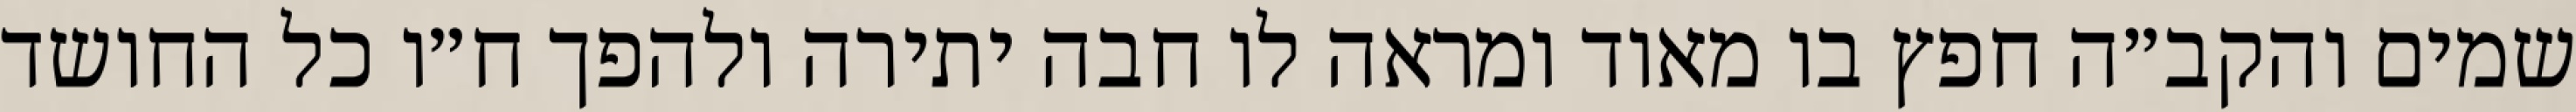
שמים והקב״ה חפץ בו מאוד ומראה לו חבה יתירה ולהפך ח״ו כל החושד